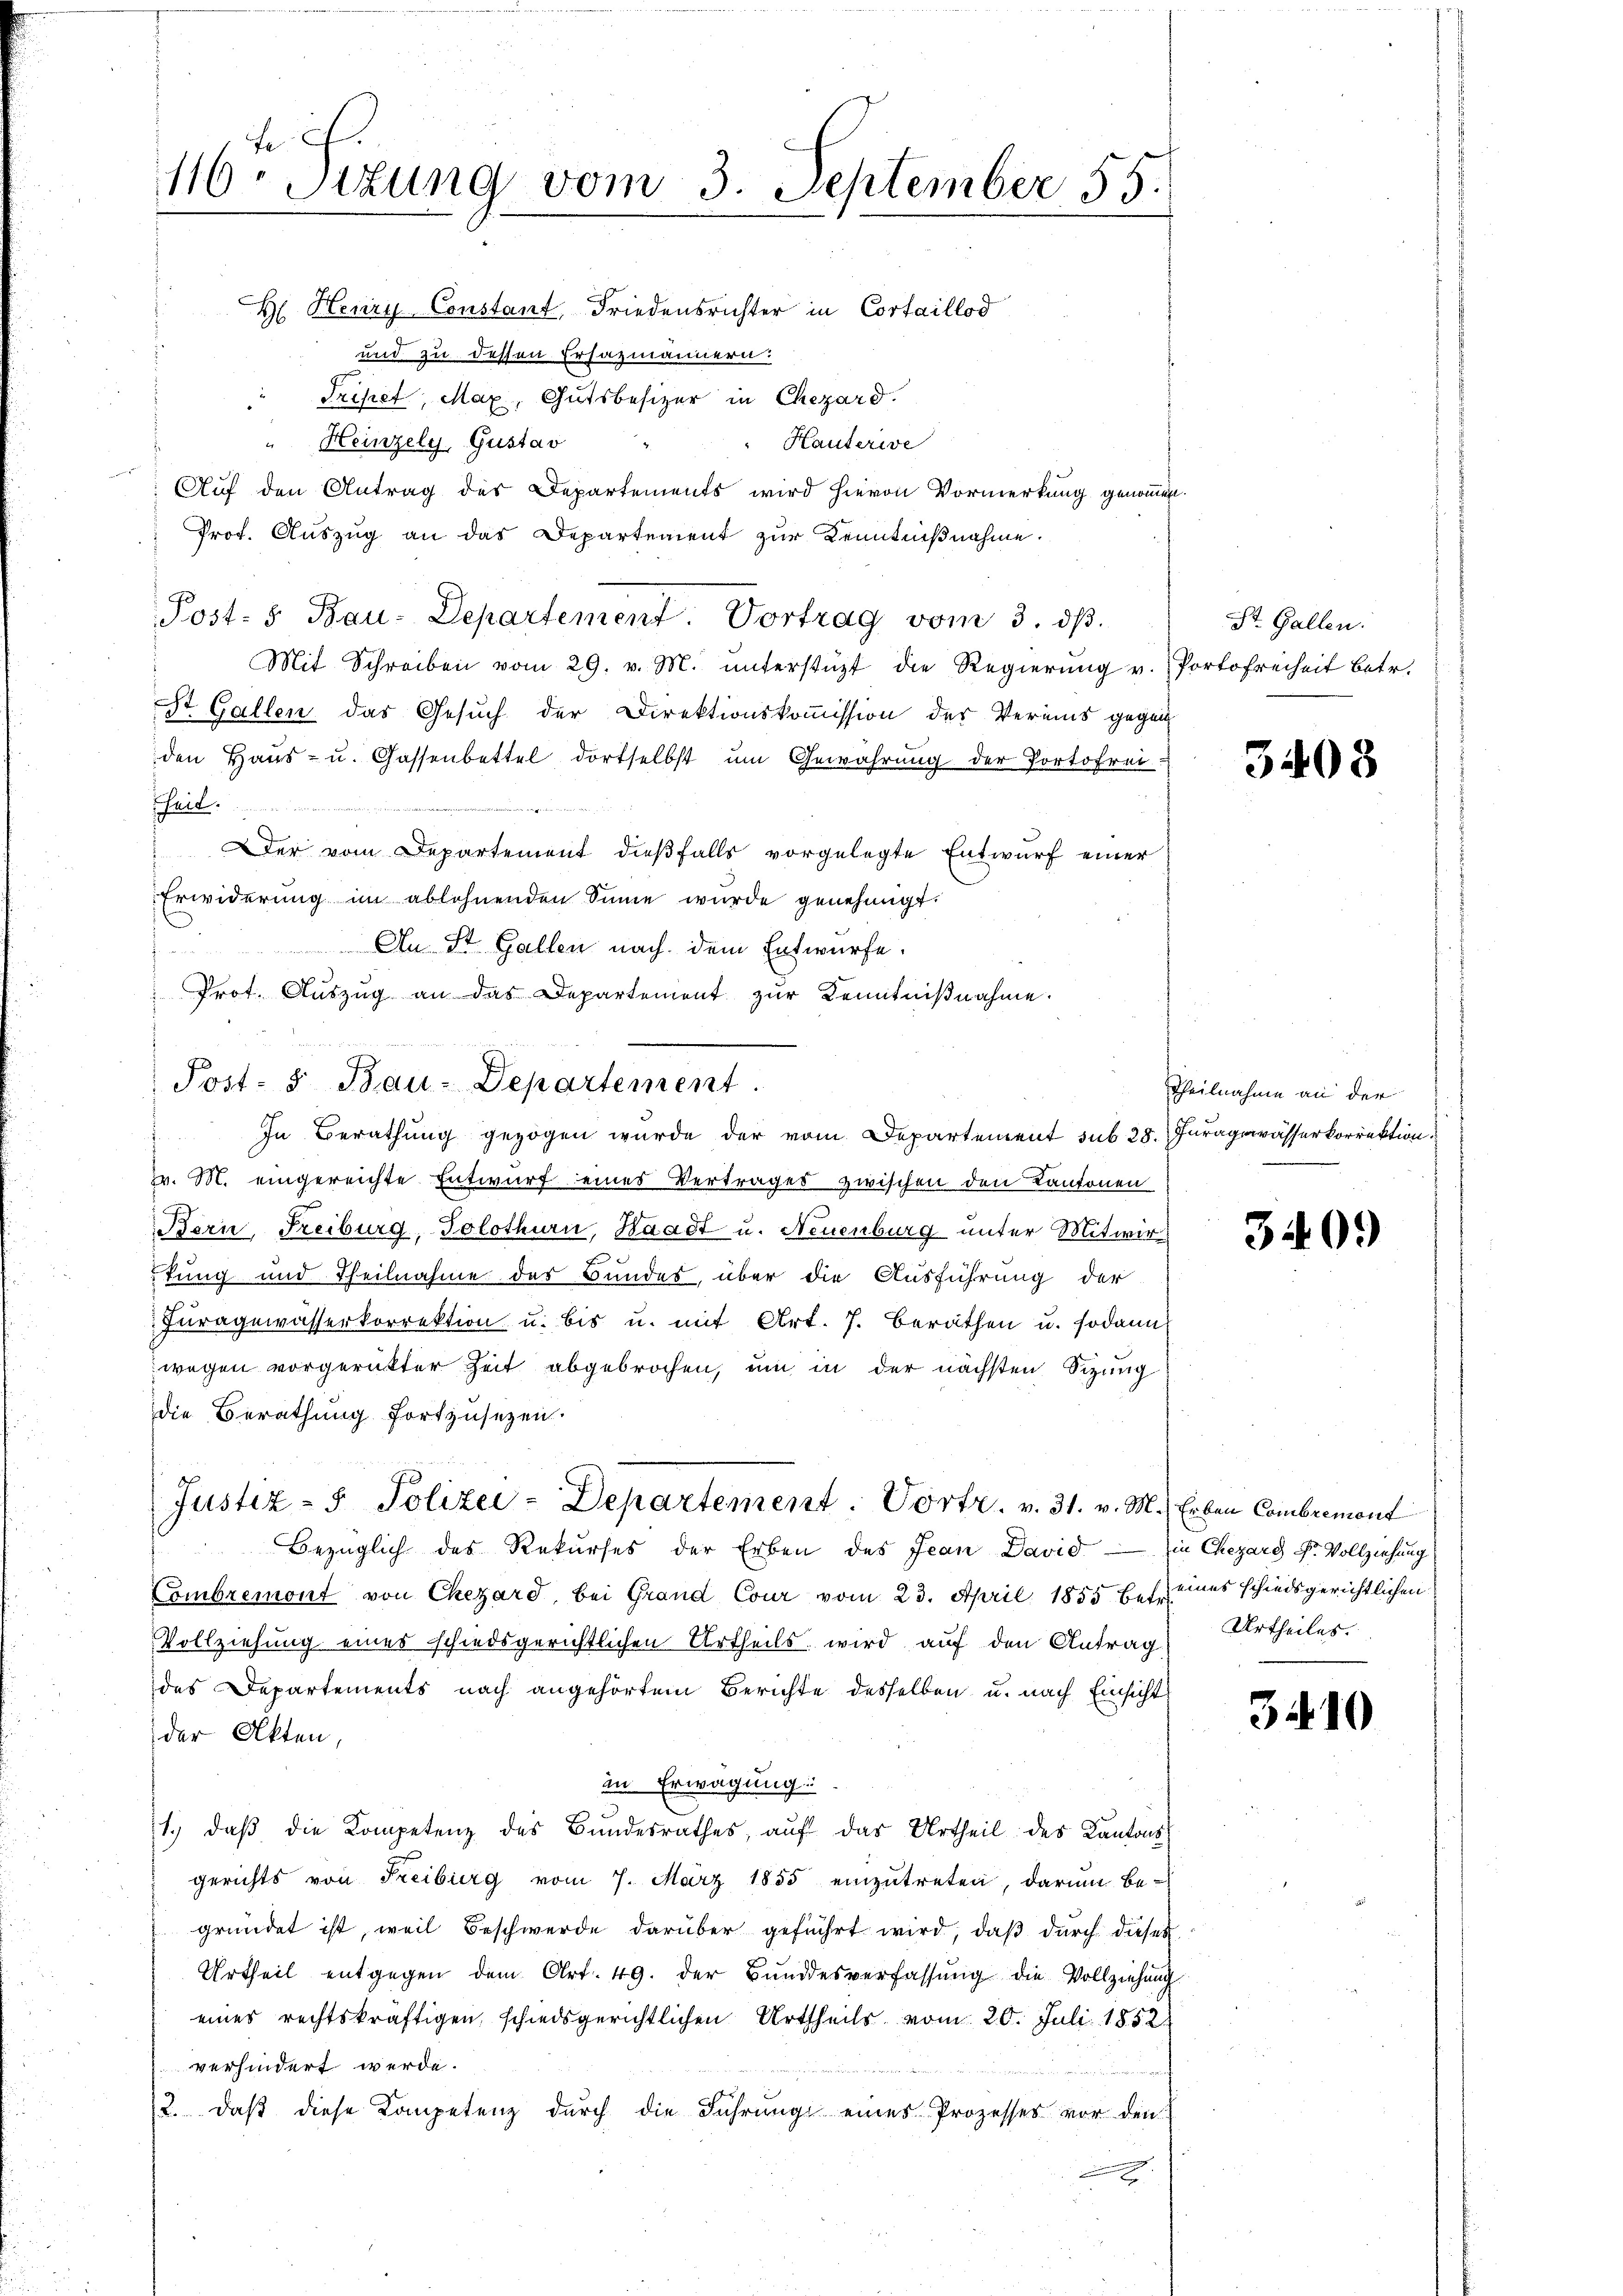
e
116. Situng vom 3. September 55.

H Henry Constant, Friedensrichter in Cortaillod
und zu dessen Ersazmännern.
" Tripet, Max, Gutsbesizer in Chezard.
" Heinzely, Gustav
Hauterive
Auf den Antrag des Departements wird hievon Vormerkung genommen
Prof. Auszug an das Departement zur Kenntnißnahme.
Post- & Bau-Departement. Vortrag vom 3. ds.
Mit Schreiben vom 29. v. M. ŭnterstüzt die Regierŭng v. Portofreiheit betr.
St. Gallen das Gesuch der Direktionskommission der Vereins gegen
den Haŭs- u. Gassenbettel dortselbst ŭm Gewährung der Portofrei-
heit.
er vom Departement dießfalls vorgelegte Entwurf einer
Erwiderung im ablehnenden Sinne wurde genehmigt.
An St. Gallen nach dem Entwurfe.
u
Prot. Auszug an das Departement zur Kenntnißnahme.
v. M. eingereichte Entwurf eines Vertrages zwischen den Kantonen

Bern, Freiburg, Solothurn, Waadt u. Neuenburg unter Mitwirtung und Theilnahme des Bundes, über die Ausführung der
.
Fŭragewässerkorrektion u. bis u. mit Art. 7. Berathen u. sodann
wegen vorgerütter Zeit abgebrochen, um in der nächsten Sizung
die Berathung fortzusetzen.
Justiz- & Polizei-Departement. Portr. v. 31. v. M. Erben Combremont
Bezüglich des Rekŭrses der Erben des Jean David in Chezarg Fr. Vollziehung
Combremont von Chezard, bei Grand Cour vom 23. April 1855 betr. eines schiedsgerichtlichen
Vollziehung eines schiedsgerichtlichen Urtheils wird auf den Antrag Urtheiles.
des Departements nach angehörtem Berichte desselben u. nach Einsicht
der Akten
in Erwägung:
1. daβ die Kompetenz des Bŭndesrathes, aŭf das Urtheil des Kantons
gerichts von Freiburg vom 7. März 1855 einzutreten, darum be-
gründet ist, weil Beschwerde darüber geführt wird, daβ dŭrch dieses
Urtheil entgegen dem Art. 49. der Bŭndesverfassŭng die Vollziehung
eines rechtskräftigen, schiedsgerichtlichen Urtheils vom 20. Juli 1852.
verhindert werde.
e
2. daß diese Kompetenz durch die Führung eines Prozesses vor den

Post- & Bau-Departement
 In Berathung gezogen wurde der vom Departement sub 28. Juragewässerkorrektion.

St. Gallen.

3408

Theilnahme an der

340)

3410